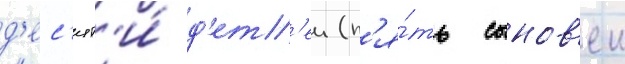
д'ес'ят'и́ д'ет'еи (п'я́ть сынов'еи